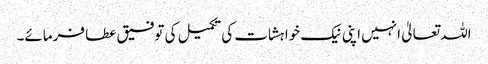
اللہ تعالیٰ انہیں اپنی نیک خواہشات کی تکمیل کی توفیق عطا فرمائے۔